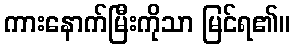
ကားနောက်မြီးကိုသာ မြင်ရ၏။